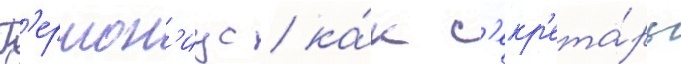
Г'ермон'иус / ка́к с'екр'ета́рь